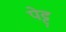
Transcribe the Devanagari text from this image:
पेट्ट्